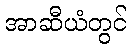
အာဆီယံတွင်